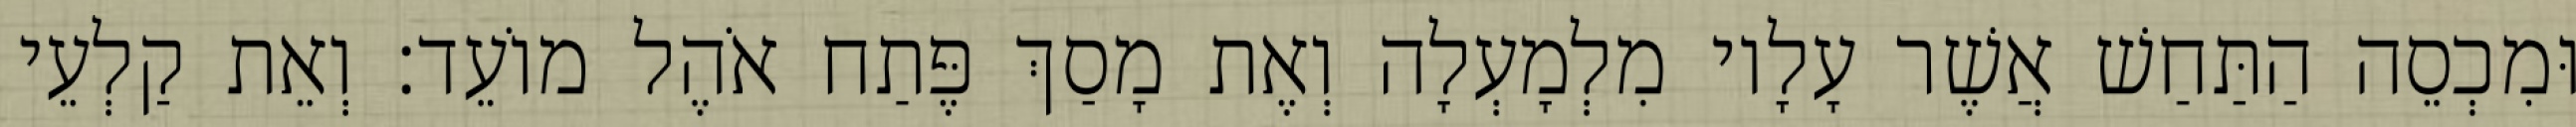
וּמִכְסֵה הַתַּחַשׁ אֲשֶׁר עָלָיו מִלְמָעְלָה וְאֶת מָסַךְ פֶּתַח אֹהֶל מוֹעֵד׃ וְאֵת קַלְעֵי